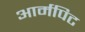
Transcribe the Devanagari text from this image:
आर्मपिट